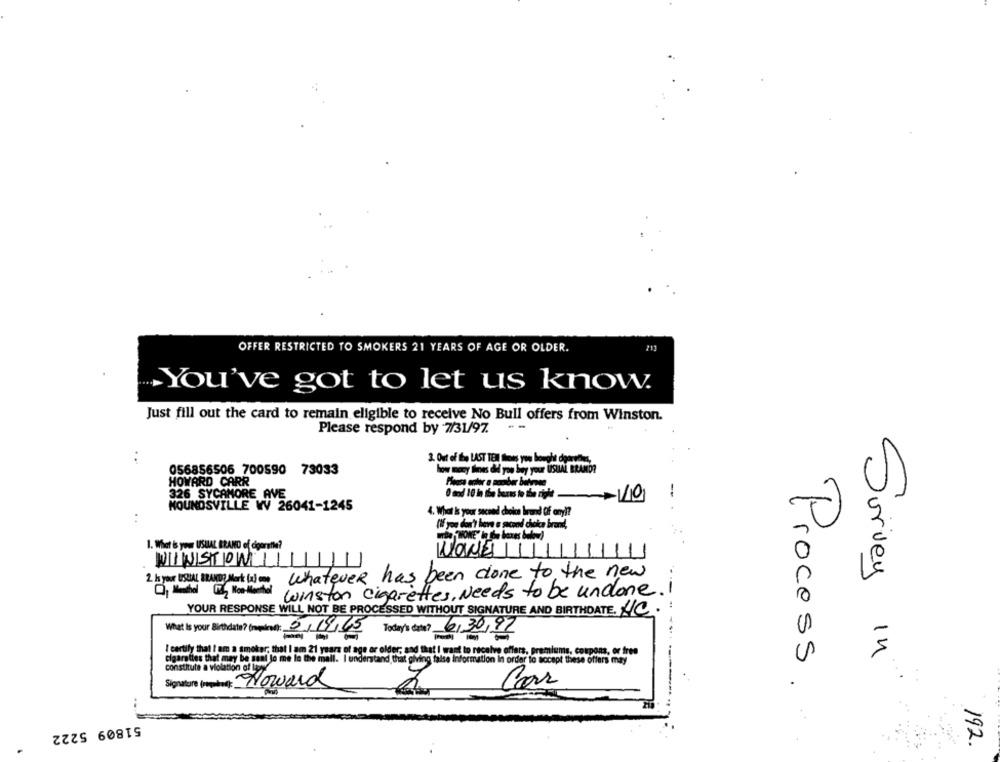
OFFER RESTRICTED TO SMOKERS 21 YEARS OF AGE OR OLDER.
213
You've got to let us know.
Just fill out the card to remain eligible to receive No Bull offers from Winston.
--
Please respond by 7/31/97.
:
3. Out of the LAST TEM Bless you bought diparedes,
056856506 700590 73033
how mocy tes did you buy your USUAL BRAND?
HOWARD CARR
326 SYCAMORE AVE
O mod 10 in the buras to the right
-
-110
--
NOUNOSVILLE W 26041-1245
4. What is your second choke birand Of anyl?
(If you don't have a second choice brand,
1. What is your USUAL BRAND of čigoratlı?
NOWE
WINSTON
your USUAL BRAIDER Mark Www. Whatever has been done to the new
winston cigarettes, Needs to be undone. I
YOUR RESPONSE WILL NOT BE PROCESSED WITHOUT SIGNATURE AND BIRTHDATE. C.
Today's data? 6/30/97
What is your Birthdate? (melet: 5/14/65
I cartily that I am a smoker; that I am 21 years of age ar older; and that I want to receive offers, premiums, coupons, or free
cigarettes that may be sent lo me la the mall. I understand that giving false information In order to accept these offers may
Survey in
constitute a violation of Lupy
Signature (weather : Noward
Process.
Car
51809 5222
192.